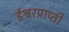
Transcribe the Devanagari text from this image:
ईश्वरप्राप्‍ती